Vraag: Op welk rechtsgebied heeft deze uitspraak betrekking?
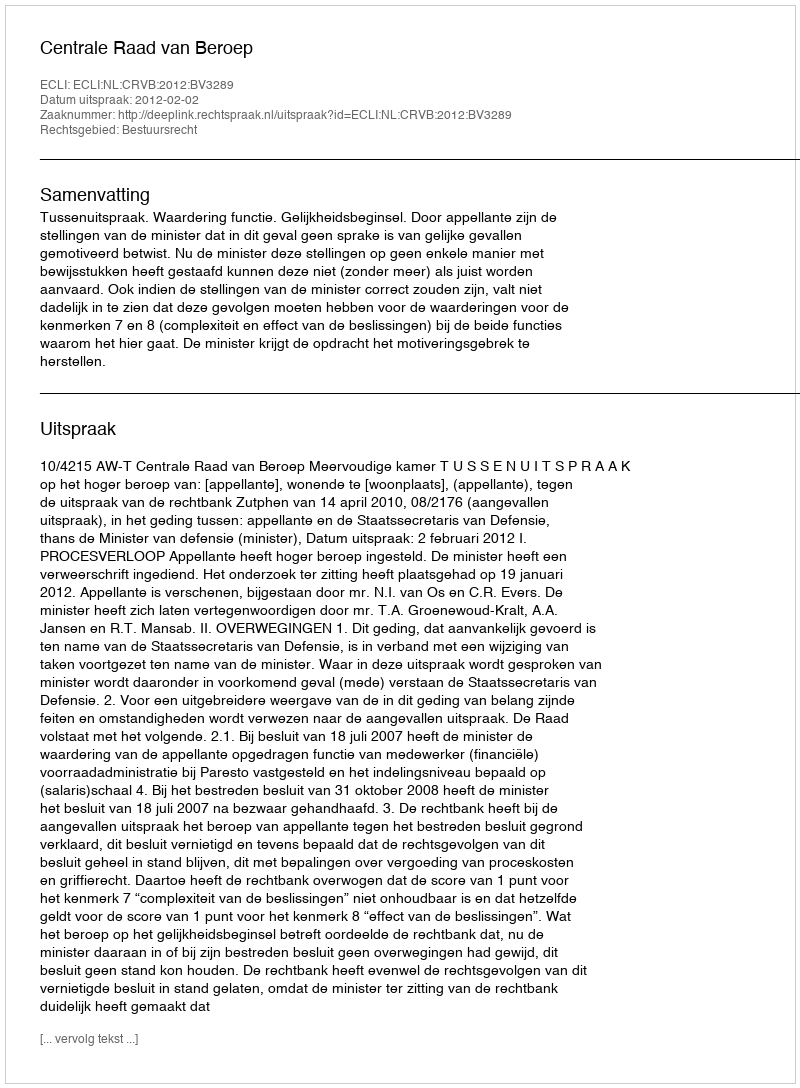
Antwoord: Bestuursrecht